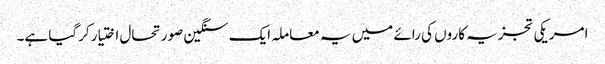
امریکی تجزیہ کاروں کی رائے میں یہ معاملہ ایک سنگین صورتحال اختیار کرگیا ہے۔